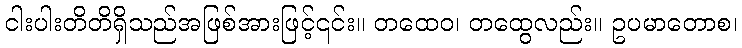
ငါးပါးတိတိရှိသည်အဖြစ်အားဖြင့်၎င်း။ တထေဝ၊ တထွေလည်း။ ဥပမာတောစ၊